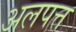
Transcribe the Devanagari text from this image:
अलपत्त